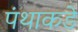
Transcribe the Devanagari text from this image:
पंथाकडे